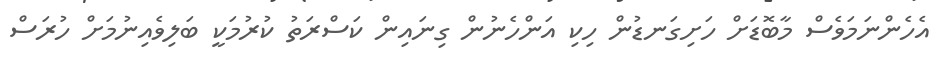
އެހެންނަމަވެސް މާބޮޑަށް ހަށިގަނޑުން ހިކި އަންހެނުން ގިނައިން ކަސްރަތު ކުރުމަކީ ބަލިވެއިނުމަށް ހުރަސް